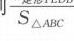
$\frac{1}{S_{\triangle ABC}}$